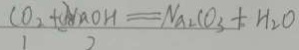
\frac { C O _ { 2 } + N a O H } { 1 2 } = N a _ { 2 } C O _ { 3 } + H _ { 2 } O